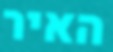
האיר